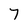
Character: 7